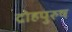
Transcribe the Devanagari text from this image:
द्रोहपुरुष